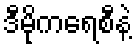
ဒီမိုကရေစီနဲ့